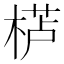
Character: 𱣸